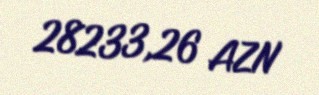
28233,26 AZN